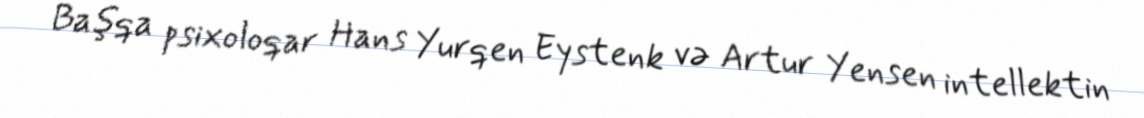
Başqa psixoloqar Hans Yurqen Eystenk və Artur Yensen intellektin